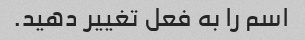
اسم را به فعل تغییر دهید.